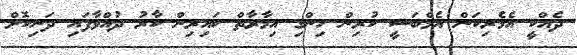
ދެއްކީ އެމެރިކަން އެމްބަސީ ކުރިން ހިންގި އިމާރާތް ކައިރިން ކާރު ދުއްވާފައި ދަނިކޮށް